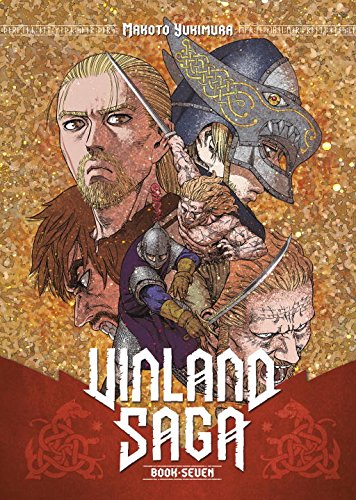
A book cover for Vinland Saga 7; Makoto Yukimura; Comics & Graphic Novels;